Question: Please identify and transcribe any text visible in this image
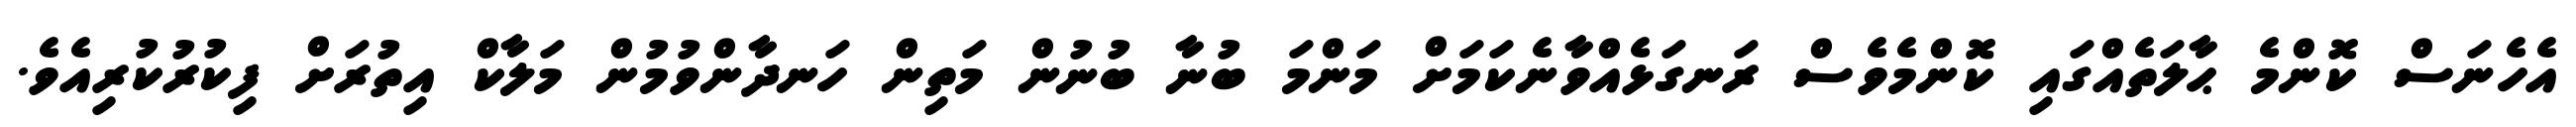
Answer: އެހެނަސް ކޮންމެ ޙާލަތެއްގައި ކޮންމެވެސް ރަނގަޅެއްވާނެކަމަށް މަންމަ ބުނާ ބުނުން މަތިން ހަނދާންވުމުން މަލާކް އިތުރަށް ފިކުރުކުރިއެވެ.